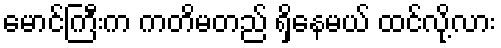
မောင်ကြီးက ကတိမတည် ရှိနေမယ် ထင်လို့လား